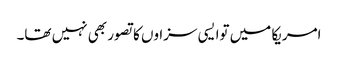
امریکا میں توا یسی سزاوں کا تصور بھی نہیں تھا۔